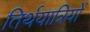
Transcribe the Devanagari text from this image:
तिर्थयात्रियों